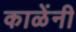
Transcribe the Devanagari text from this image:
काळेंनी